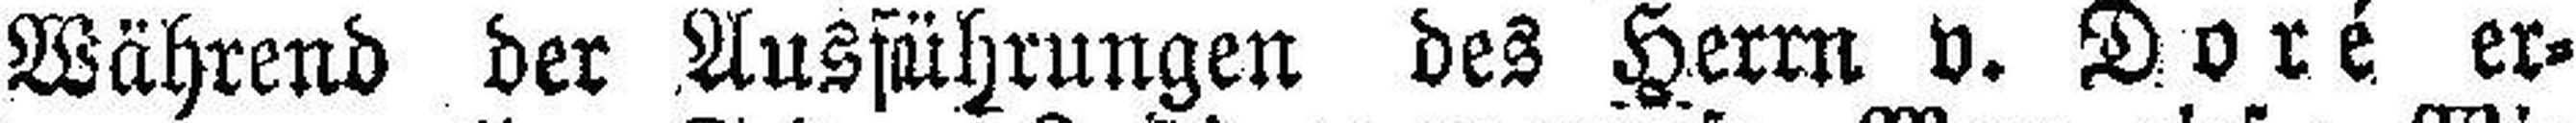
Während der Ausführungen des Herrn v. Doré er¬